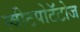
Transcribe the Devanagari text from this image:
स्वीटपोटॅटोज